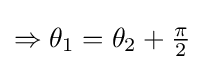
\Rightarrow \theta _{1}=\theta _{2}+{\tfrac {\pi }{2}}